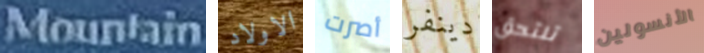
Mountain الاولاد أصرت دينفر تلتحق الأنسولين